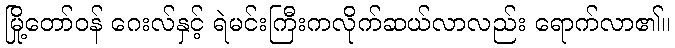
မြို့တော်ဝန် ဂေးလ်နှင့် ရဲမင်းကြီးကလိုက်ဆယ်လာလည်း ရောက်လာ၏။